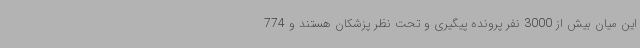
این میان بیش از 3000 نفر پرونده پیگیری و تحت نظر پزشکان هستند و 774